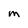
Character: M